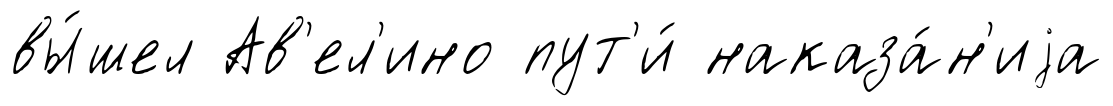
вы́шел Ав'ел'ино пут'и́ наказа́н'иjа